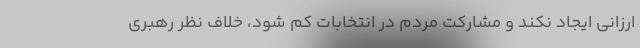
ارزانی ایجاد نکند و مشارکت مردم در انتخابات کم شود، خلاف نظر رهبری